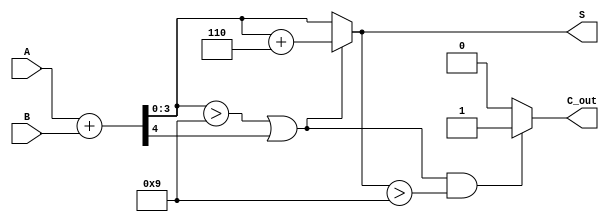
module BCD_Async_Adder(
    input [3:0] A,     // First BCD digit (0-9)
    input [3:0] B,     // Second BCD digit (0-9)
    output [3:0] S,    // BCD sum result
    output C_out       // Carry out indicating overflow
);
    wire [4:0] Sum;         // 5-bit sum for carry consideration
    wire C_temp;            // Carry from normal binary addition
    wire correction;        // BCD correction flag

    // Step 1: Binary addition of A and B
    assign Sum = A + B;    // Calculate initial binary sum
    assign C_temp = Sum[4]; // Extract carry-out (5th bit)
    
    // Step 2: Determine if BCD correction is needed
    assign correction = (Sum[3:0] > 4'b1001) || C_temp; // Condition for correction

    // Step 3: BCD Adjustment if correction is needed
    assign S = (correction) ? (Sum[3:0] + 4'b0110) : Sum[3:0]; // Apply correction if necessary

    // Step 4: Determine carry out signal
    assign C_out = (correction && (S > 4'b1001)) ? 1'b1 : 1'b0; // Set C_out if correction leads to overflow

endmodule